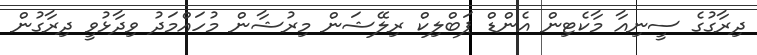
ދިރާގުގެ ސީނިއާ މާކެޓިން އެންޑް ޕަބްލިކް ރިލޭޝަން މިރުޝާން މުހައްމަދު ވިދާޅުވީ ދިރާގުން